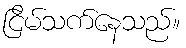
ငြိမ်သက်နေသည်။